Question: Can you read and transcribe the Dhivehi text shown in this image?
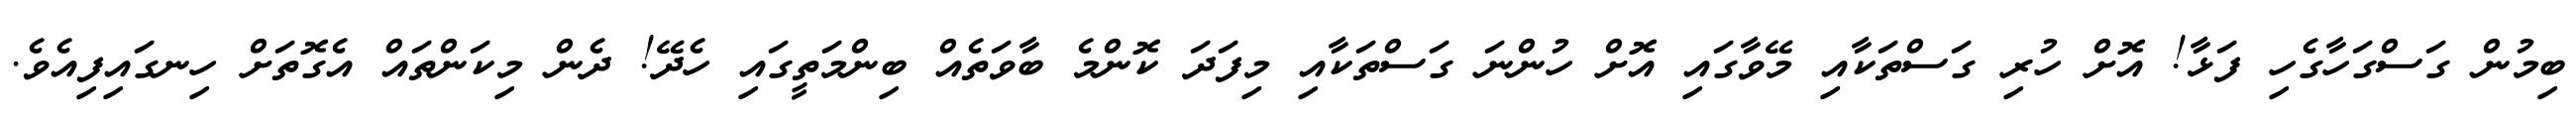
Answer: ބިމުން ގަސްގަހާގެހި ފަޅާ! އޮށް ހުރި ގަސްތަކާއި މޭވާގައި އޮށް ހުންނަ ގަސްތަކާއި މިފަދަ ކޮންމެ ބާވަތެއް ބިންމަތީގައި ހެދޭ! ދެން މިކަންތައް އެގޮތަށް ހިނގައިފިއެވެ.